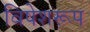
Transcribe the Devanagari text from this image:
विषेशरूप